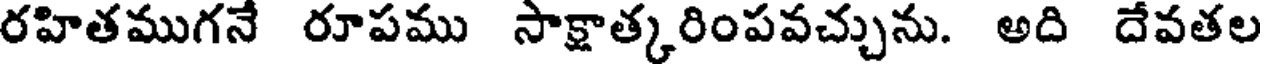
రహితముగనే రూపము సాక్షాత్కరింపవచ్చును. అది దేవతల